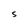
Character: S